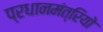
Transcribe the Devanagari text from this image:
प्रधानमंत्रियो